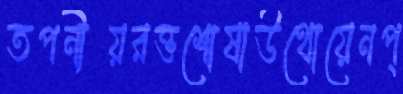
তপনীয়রক্তশোষাউথোয়েনপ্